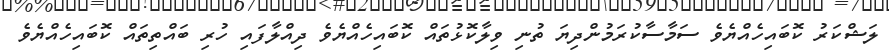
ލަޝްކަރު ކޮބައިހެއްޔެވެ ސަމާސާކުރަމުންދިޔަ ތުނި ވިލާކޮޅުތައް ކޮބައިހެއްޔެވެ ދިއްލާފައި ހުރި ބައްތިތައް ކޮބައިހެއްޔެވެ